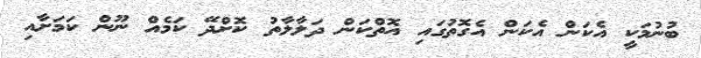
ބުނުމަކީ އެކަން އެކަން އެގޮތުގައި އޮތްކަން ދަލާލާތު ކޮށްދޭ ކަމެއް ނޫން ކަމަށާއި